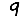
Digit: 9